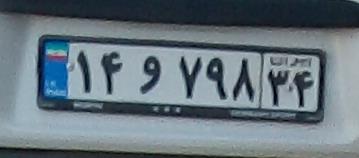
۱۴و۷۹۸۳۴